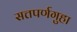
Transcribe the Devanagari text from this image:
सत्तपर्णगुहा